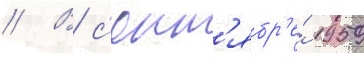
// В с'ент'ябр'е́ 1959